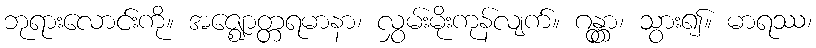
ဘုရားလောင်းကို။ အဇ္ဈောတ္တရမာနာ၊ လွှမ်းမိုးကုန်လျက်။ ဂန္တွာ၊ သွား၍။ မာရဿ၊